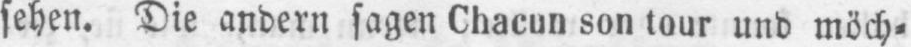
sehen. Die andern sagen Chacun son tour und möch⸗